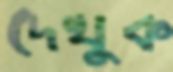
দেখুক